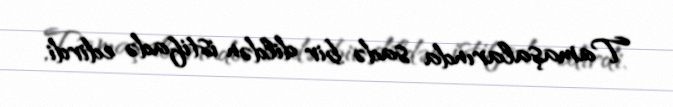
Tamaşalarında sadə bir dildən istifadə edirdi.